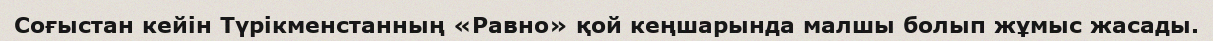
Соғыстан кейін Түрікменстанның «Равно» қой кеңшарында малшы болып жұмыс жасады.